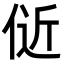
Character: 𬾞